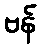
ဗန်